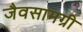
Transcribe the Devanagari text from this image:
जैवसामग्री